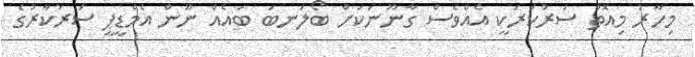
މިހާރު މިއޮތް ސަރުކަރަކީ އެއްވެސް ގާނޫނަކަށް ބޯލަނބަ ބައެއް ނޫން އެމްޑީޕީ ސަރުކާރުގެ